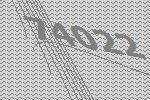
74022